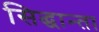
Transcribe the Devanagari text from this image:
सिद्धान्ता